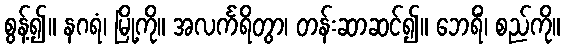
စွန့်၍။ နဂရံ၊ မြို့ကို။ အလင်္ကရိတွာ၊ တန်းဆာဆင်၍။ ဘေရိံ၊ စည်ကို။